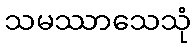
သမဿာသေသုံ